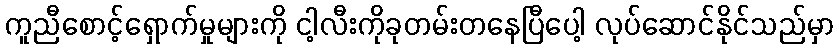
ကူညီစောင့်ရှောက်မှုများကို ငါ့လီးကိုခုတမ်းတနေပြီပေါ့ လုပ်ဆောင်နိုင်သည်မှာ